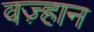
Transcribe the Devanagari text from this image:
वज़्हान